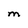
Character: M